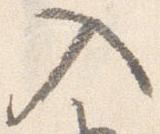
入